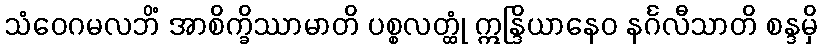
သံဝေဂမလဘိံ အာစိက္ခိဿာမာတိ ပစ္စလတ္ထုံ ဣန္ဒြိယာနေဝ နင်္ဂလီသာတိ စန္ဒမှိ